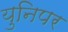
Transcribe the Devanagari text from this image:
युनिपर